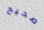
صحيح